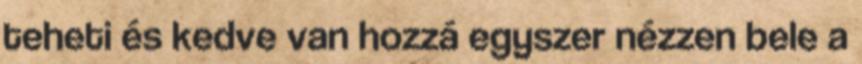
teheti és kedve van hozzá egyszer nézzen bele a